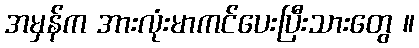
အမှန်က အားလုံးမာကင်ပေးပြီးသားတွေ ။